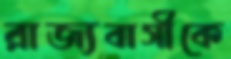
রাজ্যবাসীকে